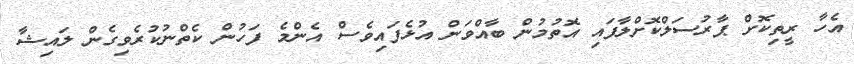
އެހާ ރީތިކޮށް ޕާރުސަލްކޮށްލާފައި އޮތުމުން ބާއްވަން އުޅެފައިވެސް އެންމެ ފަހުން ކެތްނުކުރެވިގެން ލައިޝާ